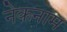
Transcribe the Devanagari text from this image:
नेकनाम